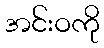
အင်းဝကို